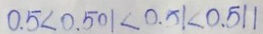
0 . 5 < 0 . 5 0 1 < 0 . 5 1 < 0 . 5 1 1